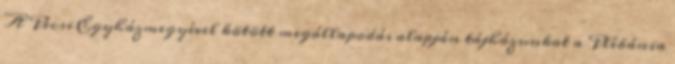
A Pécsi Egyházmegyével kötött megállapodás alapján tájházunkat a Plébánia